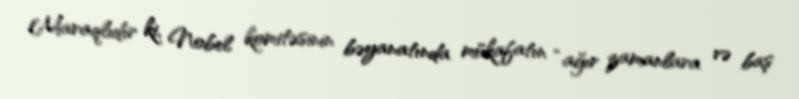
Maraqlıdır ki, Nobel komitəsinin bəyanatında mükafatın “ağır zamanlara və baş